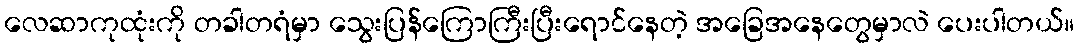
လေဆာကုထုံးကို တခါတရံမှာ သွေးပြန်ကြောကြီးပြီးရောင်နေတဲ့ အခြေအနေတွေမှာလဲ ပေးပါတယ်။